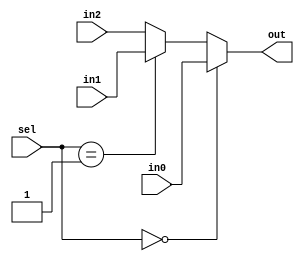
module mux_3to1_32bit (out, in0, in1, in2, sel);
input [31:0] in0;
input [31:0] in1;
input [31:0] in2;
input [1:0] sel;
output [31:0] out;

assign out = (sel == 2'b00) ? in0 : (sel == 2'b01) ? in1 : in2;

endmodule